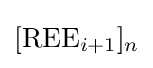
[{\text{REE}}_{i+1}]_{n}